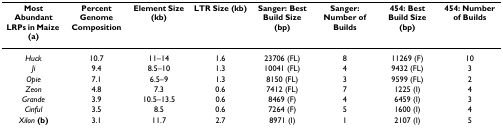
| Most Abundant LRPs in Maize (a) | Percent Genome Composition | Element Size (kb) | LTR Size (kb) | Sanger: Best Build Size (bp) | Sanger: Number of Builds | 454: Best Build Size (bp) | 454: Number of Builds |
 | --- | --- | --- | --- | --- | --- | --- | --- |
 | Huck | 10.7 | 11–14 | 1.6 | 23706 (FL) | 8 | 11269 (F) | 10 |
 | Ji | 9.4 | 8.5–10 | 1.3 | 10041 (FL) | 4 | 9432 (FL) | 3 |
 | Opie | 7.1 | 6.5–9 | 1.3 | 8150 (FL) | 3 | 9599 (FL) | 2 |
 | Zeon | 4.8 | 7.3 | 0.6 | 7412 (FL) | 7 | 1225 (I) | 4 |
 | Grande | 3.9 | 10.5–13.5 | 0.6 | 8469 (F) | 4 | 6459 (I) | 3 |
 | Cinful | 3.5 | 8.5 | 0.6 | 7264 (F) | 5 | 1600 (I) | 4 |
 | Xilon (b) | 3.1 | 11.7 | 2.7 | 8971 (I) | 1 | 2107 (I) | 5 |